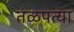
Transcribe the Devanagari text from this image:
तळपत्या